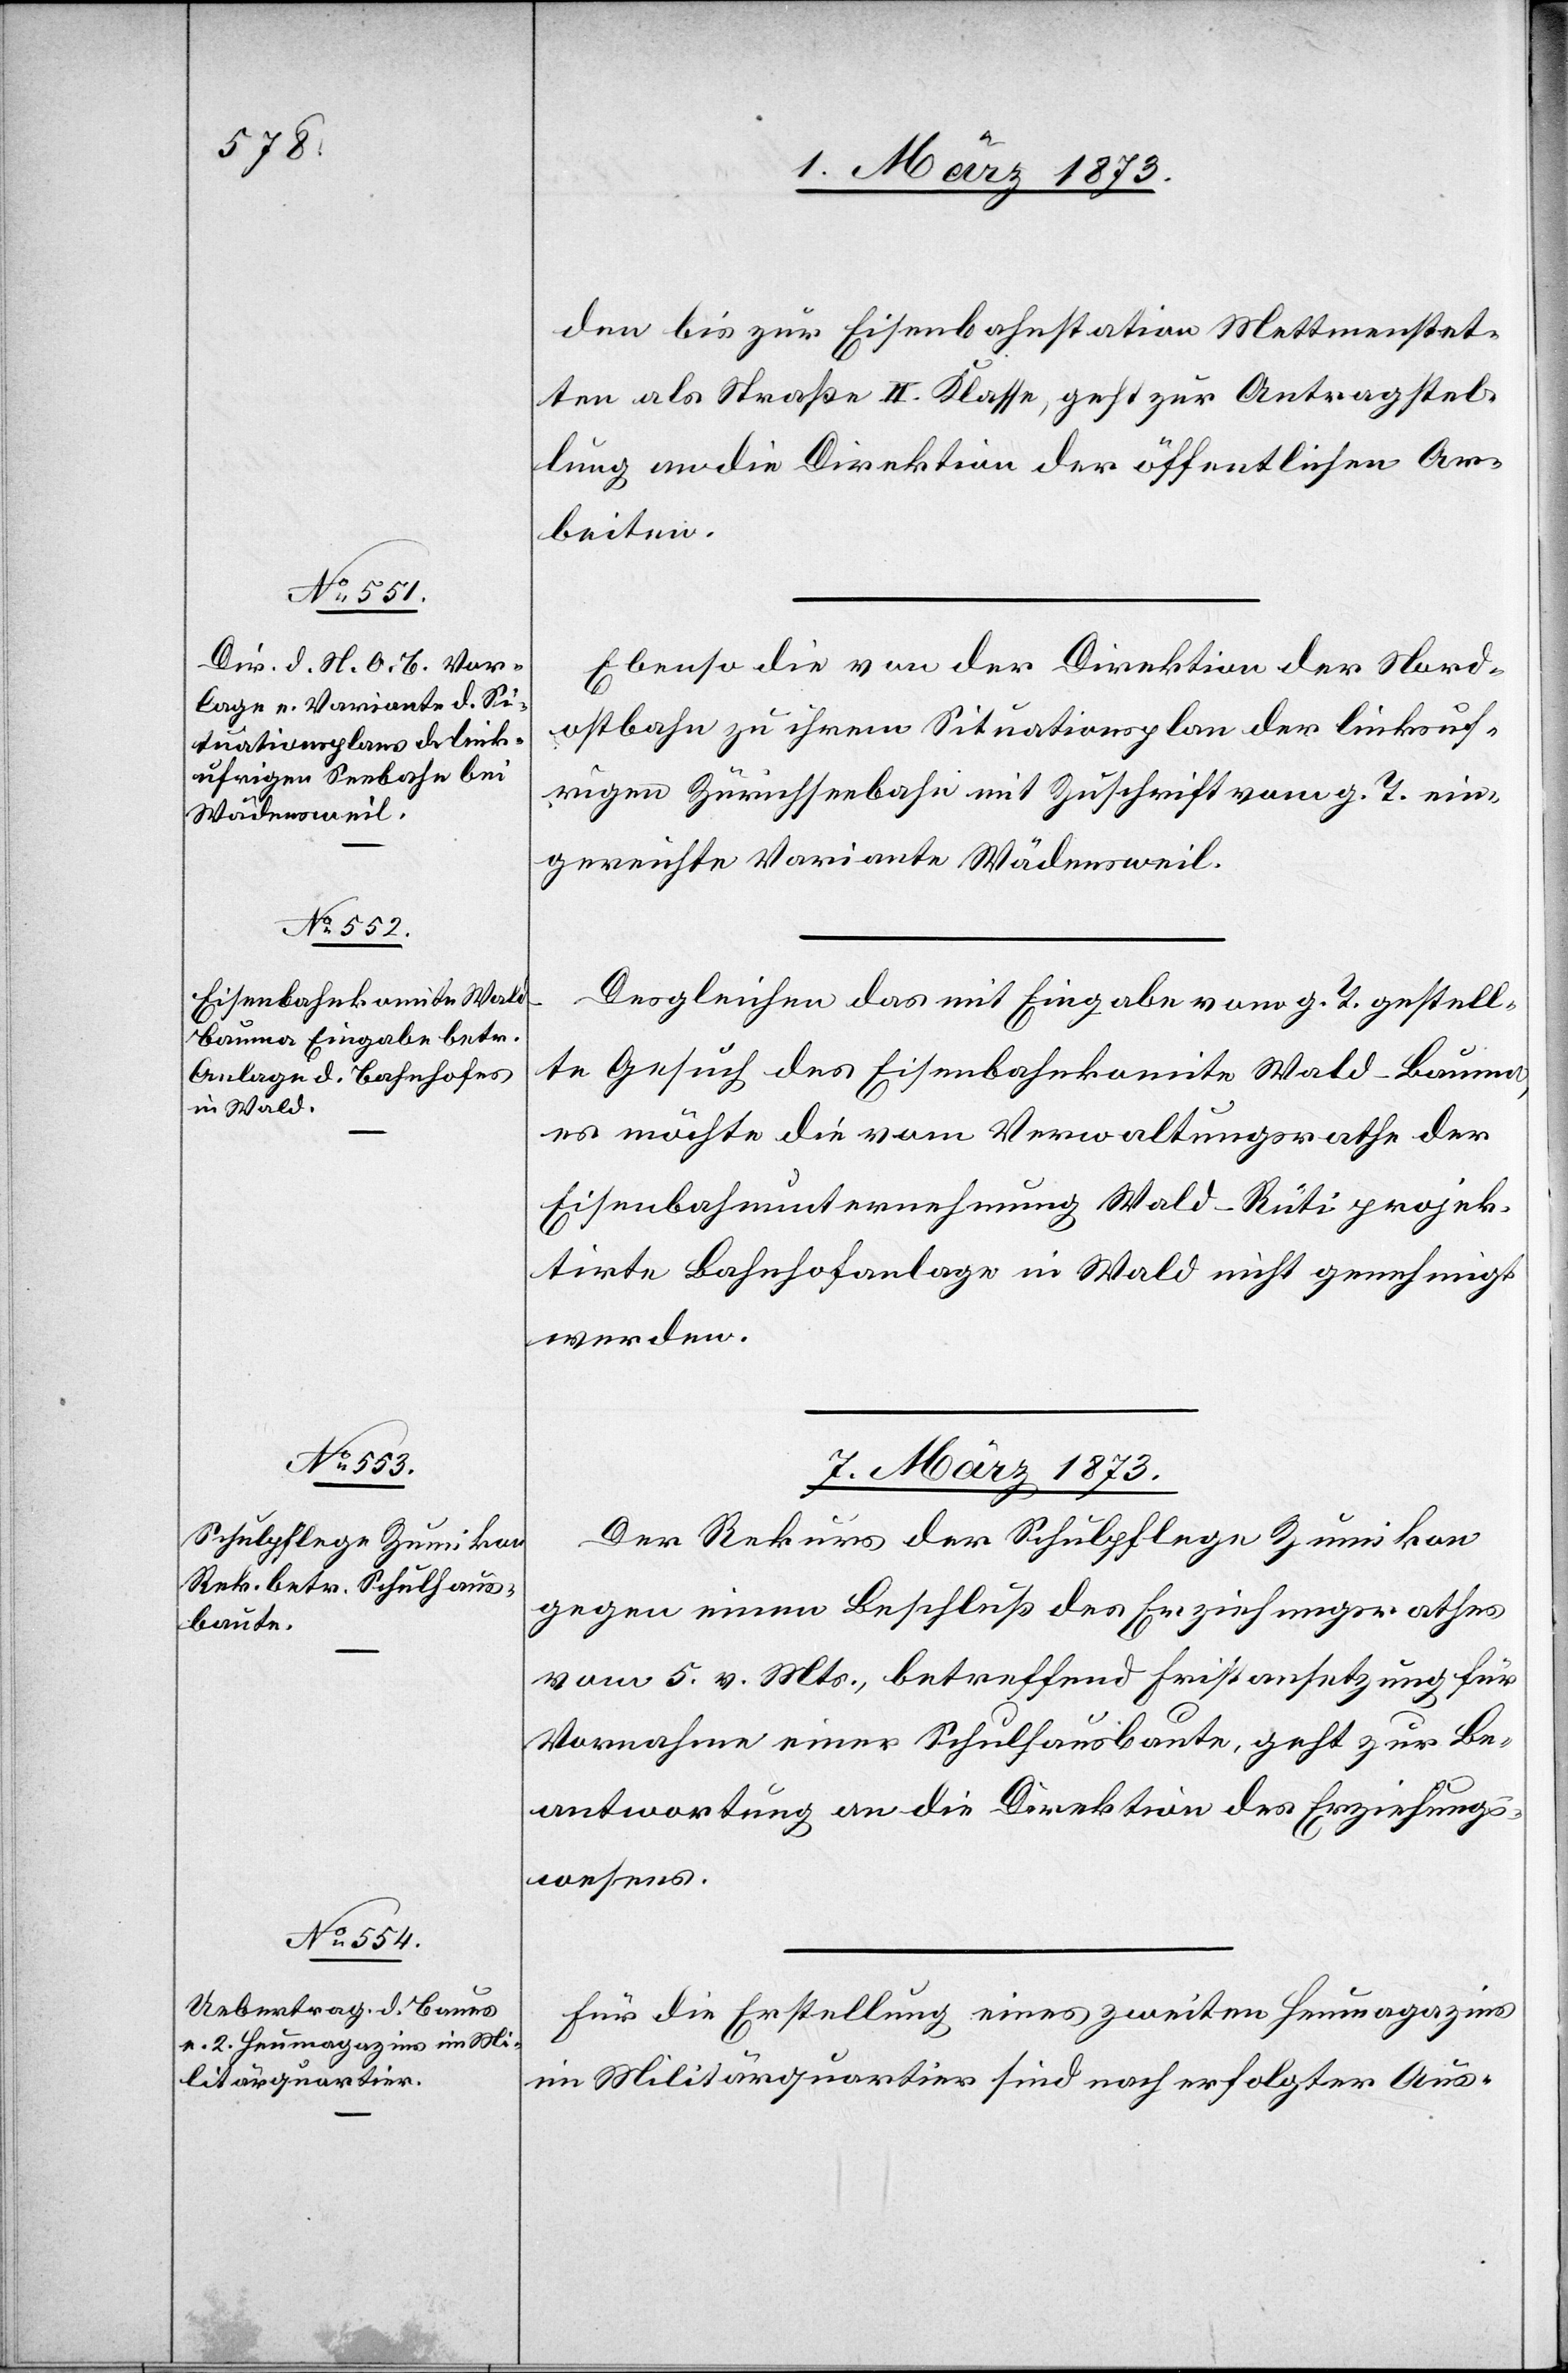
den bis zur Eisenbahnstation Mettmenstet¬
ten als Straße II. Klasse, geht zur Antragstel¬
lung an die Direktion der öffentlichen Ar¬
beiten.
Ebenso die von der Direktion der Nord¬
ostbahn zu ihrem Situationsplan der linksuf¬
rigen Zürichseebahn mit Zuschrift vom g. T. ein¬
gereichte Variante Wädensweil.
Desgleichen das mit Eingabe vom g. T. gestell¬
te Gesuch des Eisenbahnkomite Wald–Bauma,
es möchte die vom Verwaltungsrathe der
Eisenbahnunternehmung Wald–Rüti projek¬
tirte Bahnhofanlage in Wald nicht genehmigt
werden.
7. März 1873.]
Der Rekurs der Schulpflege Zumikon
gegen einen Beschluß des Erziehungsrathes
vom 5. v. Mts., betreffend Fristansetzung für
Vornahme einer Schulhausbaute, geht zur Be¬
antwortung an die Direktion des Erziehungs¬
wesens.
Für die Erstellung eines zweiten Heumagazins
im Militärquartier sind nach erfolgter Aus-